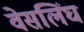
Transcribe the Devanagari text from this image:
वेसलिंघ